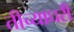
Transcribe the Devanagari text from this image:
तीच्याघरी